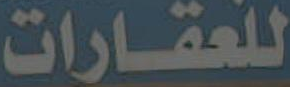
للعقارات